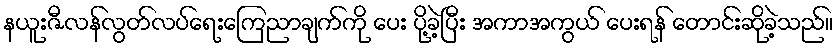
နယူးဇီလန်လွတ်လပ်ရေးကြေညာချက်ကို ပေး ပို့ခဲ့ပြီး အကာအကွယ် ပေးရန် တောင်းဆိုခဲ့သည်။